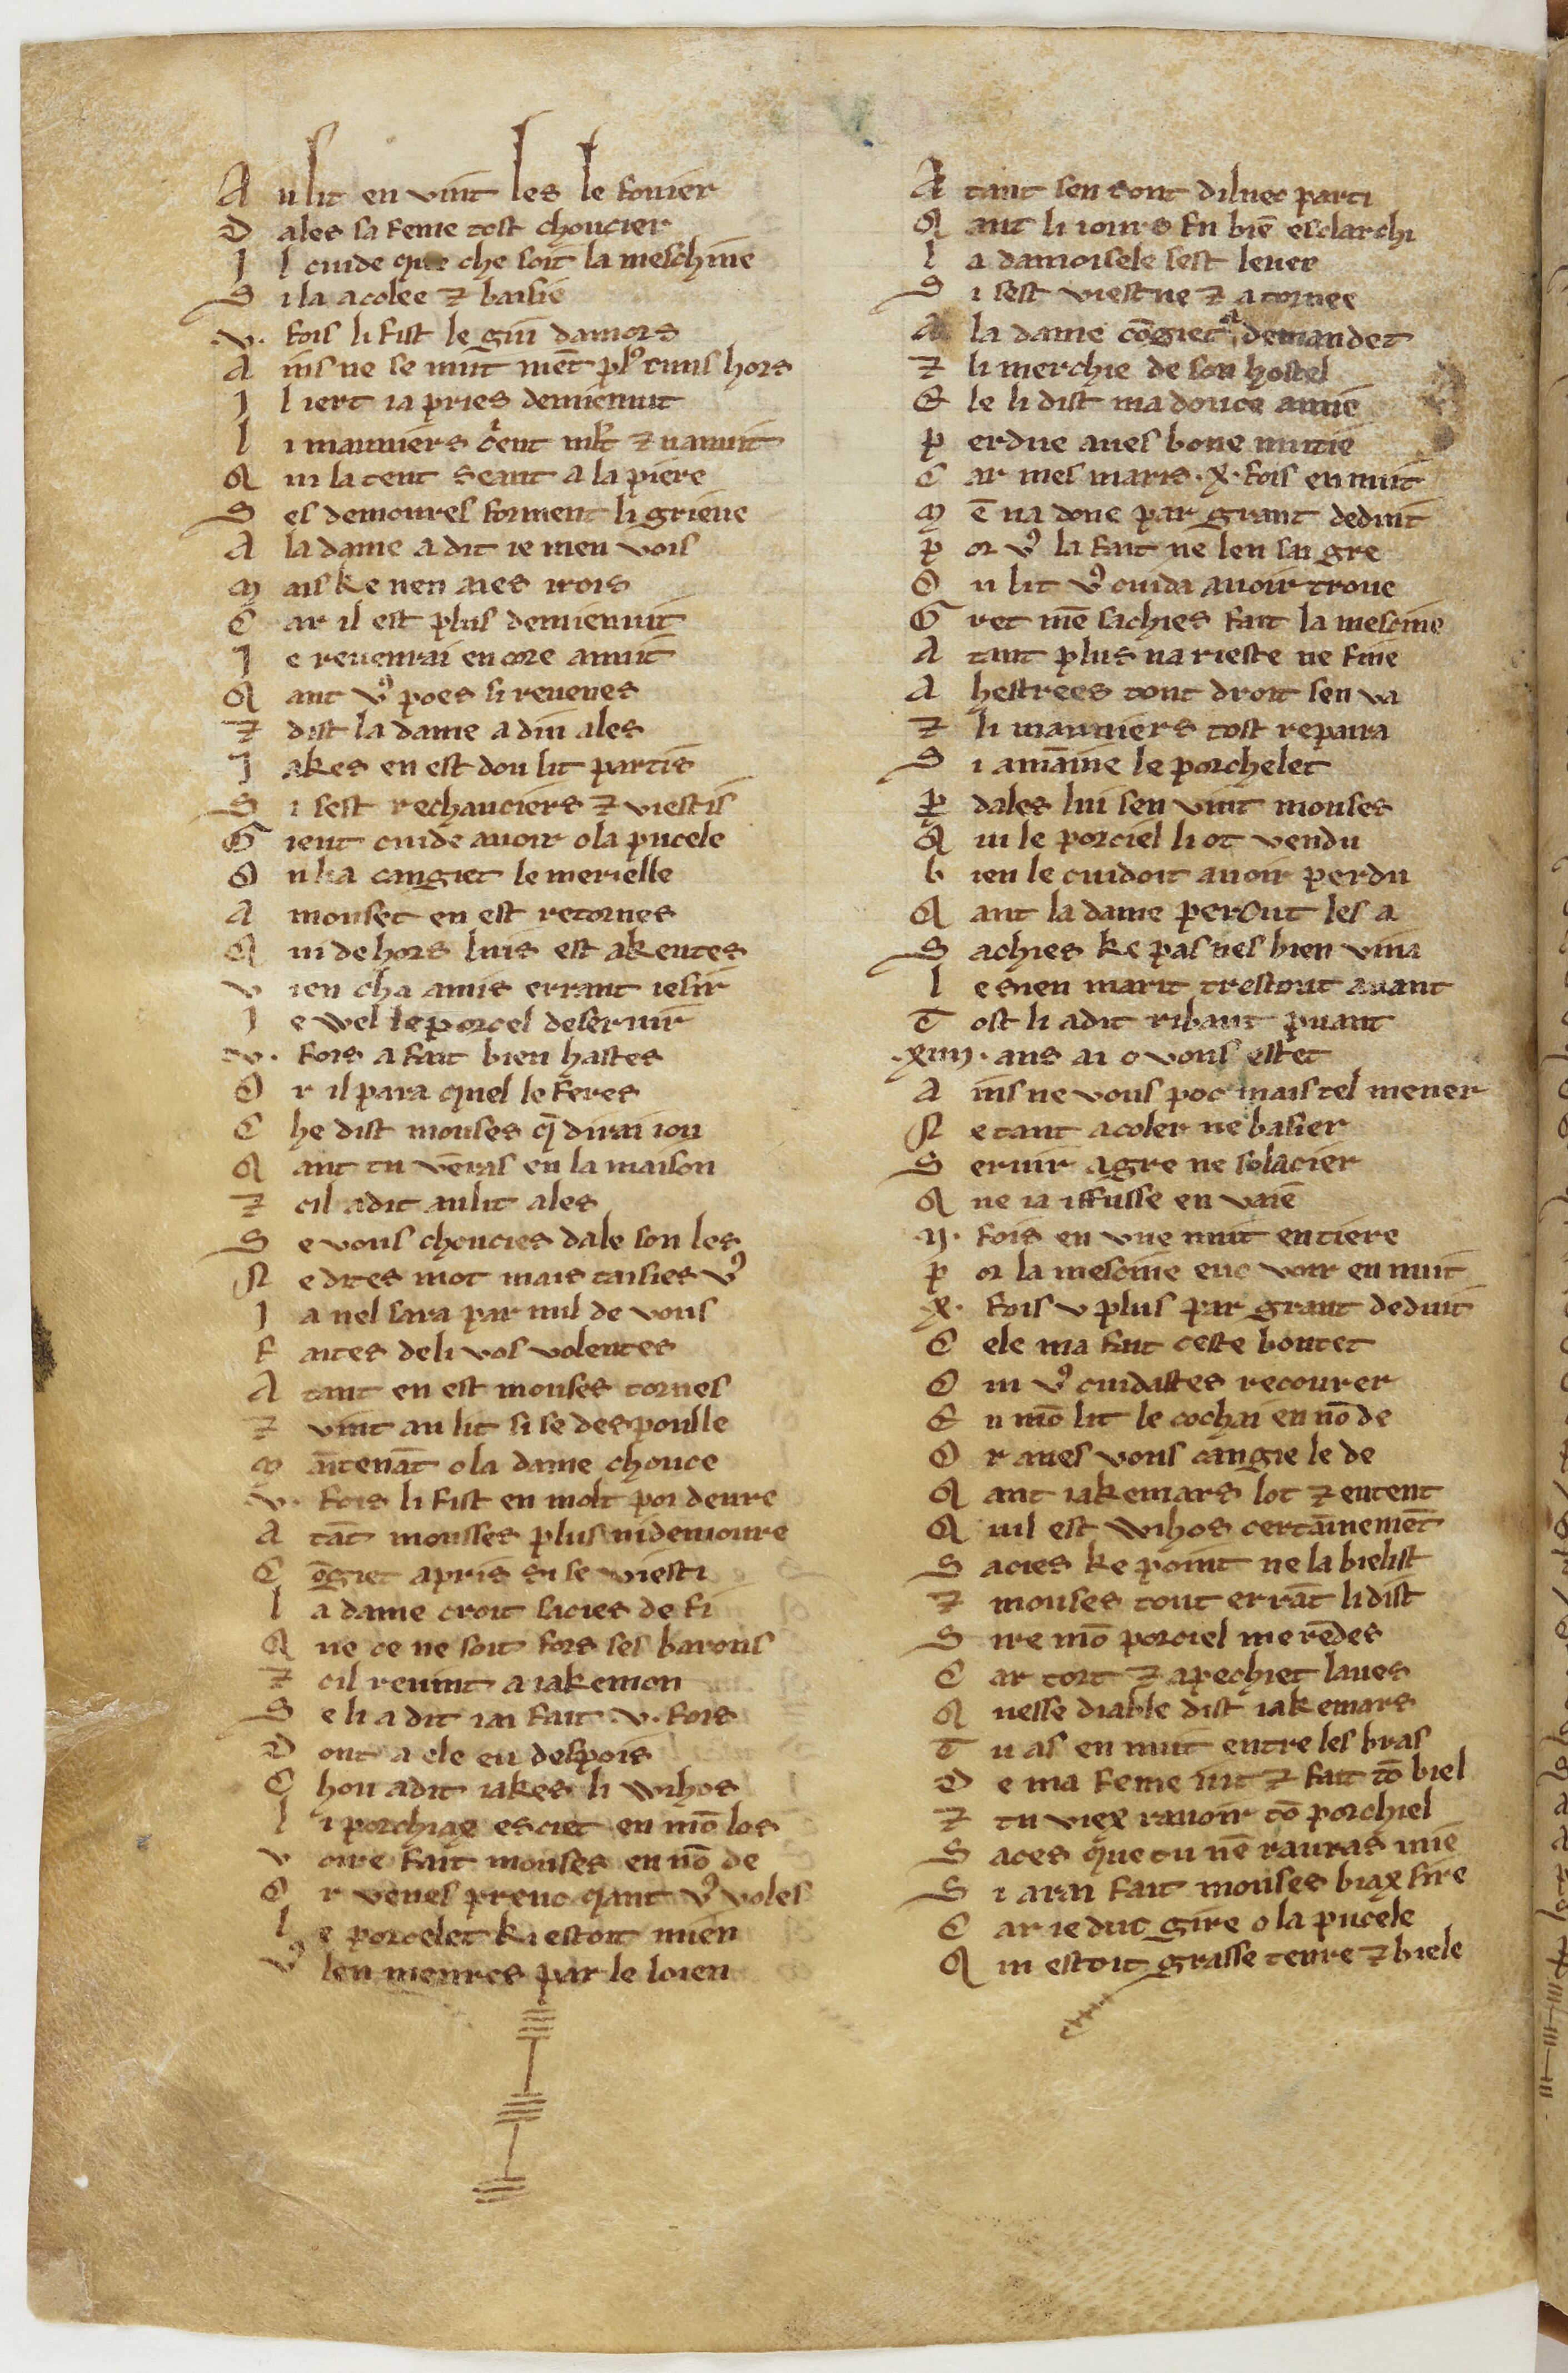
Shelfmark: Paris, Mazarine, 1553
Century: 13